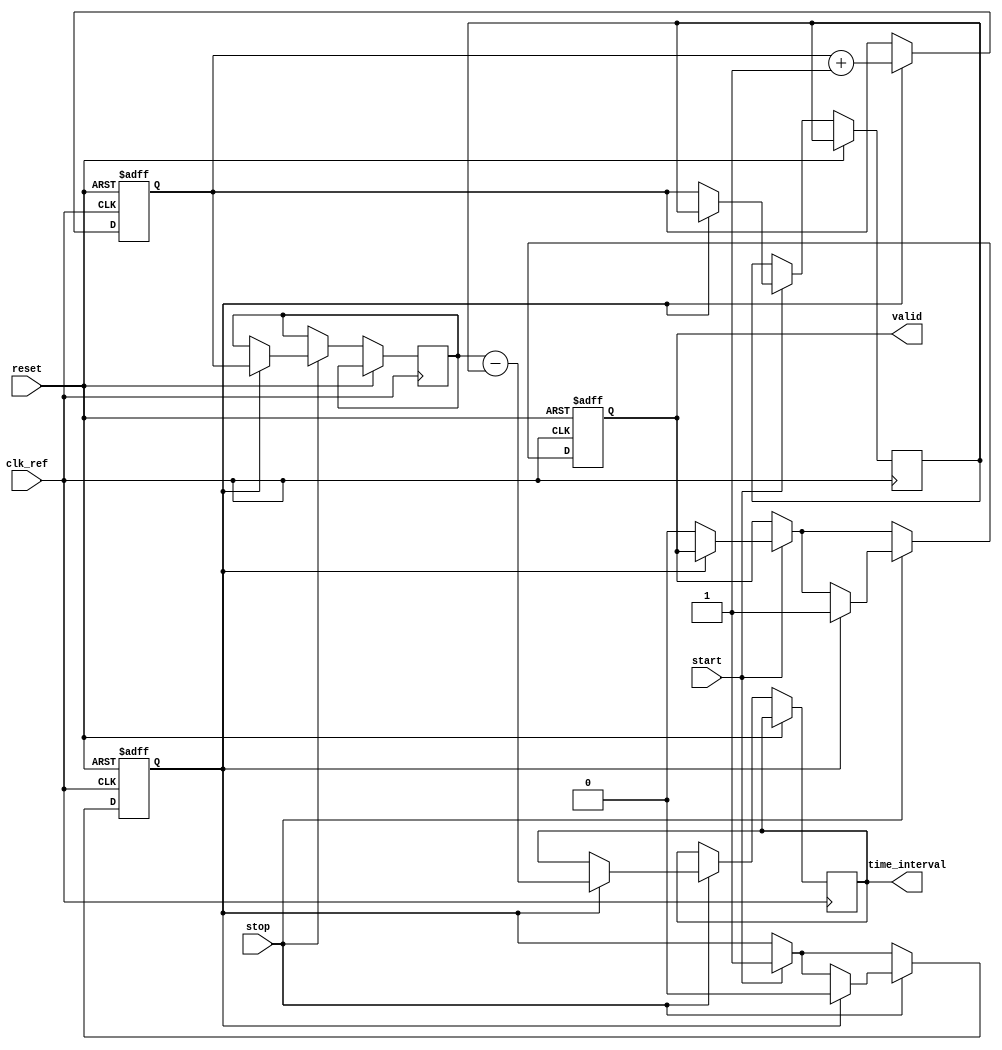
module synchronized_tdc (
    input clk_ref,         // Reference clock
    input start,          // Start signal
    input stop,           // Stop signal
    input reset,          // Asynchronous reset
    output reg [31:0] time_interval, // Output time interval
    output reg valid       // Indicates valid time interval
);

    // Internal signals
    reg [31:0] counter;             // Binary counter
    reg [31:0] start_time;          // Timestamp when start is received
    reg [31:0] stop_time;           // Timestamp when stop is received
    reg capturing;                  // Indicates whether timing is being captured
    reg [7:0] memory [0:255];      // Simple memory block to store time intervals
    reg [7:0] mem_index;           // Memory index for storing results
    reg error;                     // Error flag for simultaneous start/stop
    
    // Counter process
    always @(posedge clk_ref or posedge reset) begin
        if (reset) begin
            counter <= 0;
        end else begin
            if (capturing) begin
                counter <= counter + 1;
            end
        end
    end

    // Start and Stop signal handling
    always @(posedge clk_ref or posedge reset) begin
        if (reset) begin
            capturing <= 0;
            valid <= 0;
            error <= 0;
            mem_index <= 0;
        end else begin
            if (start) begin
                if (capturing) begin
                    error <= 1; // Error if start is received while already capturing
                end else begin
                    start_time <= counter;  // Capture start time
                    capturing <= 1;          // Begin capturing time
                    valid <= 0;              // Reset valid flag
                    error <= 0;              // Clear error
                end
            end
            
            if (stop) begin
                if (capturing) begin
                    stop_time <= counter;  // Capture stop time
                    time_interval <= stop_time - start_time; // Calculate time interval
                    memory[mem_index] <= time_interval[7:0]; // Store the least significant byte of the interval
                    mem_index <= mem_index + 1; // Increament the memory index
                    capturing <= 0;            // Stop capturing time
                    valid <= 1;                // Indicate valid interval
                end else begin
                    error <= 1; // Error if stop is received without a start
                end
            end
        end
    end

    // Error handling (Optional)
    always @(posedge clk_ref) begin
        if (error) begin
            // Handle error conditions (could include logging, resetting, etc.)
            // This is a placeholder for actual error handling logic
        end
    end

endmodule